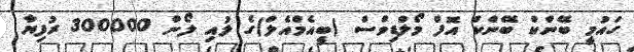
ގައުމީ ބޭންކް ބޭންކް އޮފް މޯލްޑިވްސް (ބީއެމްއެލް)ގެ ލުއި ލޯން 300000 ރުފިޔާ